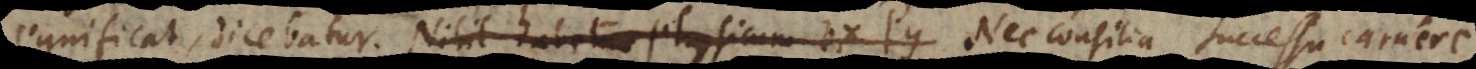
significat, dicebatur. Nihil habetur physicum ex Py Nec consilia successu caruere